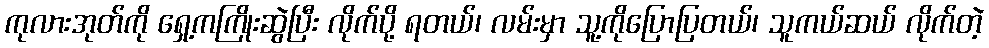
ကုလားအုတ်ကို ရှေ့ကကြိုးဆွဲပြီး လိုက်ပို့ ရတယ်၊ လမ်းမှာ သူ့ကိုပြောပြတယ်၊ သူကယ်ဆယ် လိုက်တဲ့